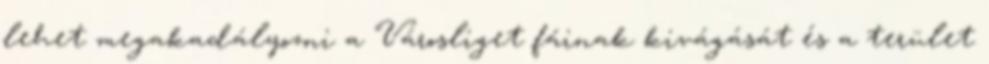
lehet megakadályozni a Városliget fáinak kivágását és a terület